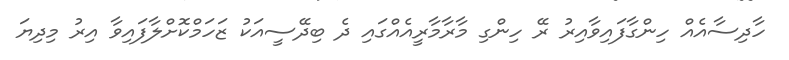
ހާދިސާއެއް ހިންގާފައިވާއިރު ރޭ ހިންގި މާރާމާރީއެއްގައި ދެ ބިދޭސީއަކު ޒަހަމްކޮށްލާފައިވާ އިރު މިދިޔަ